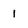
Character: 1